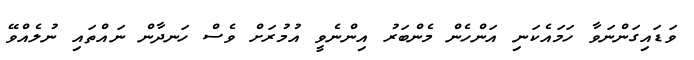
ވަޑައިގަންނަވާ ހަމައެކަނި އަންހެން މެންބަރު އިންނެވީ އުމުރަށް ވެސް ހަނދާން ނައްތައި ނުލެއްވޭ